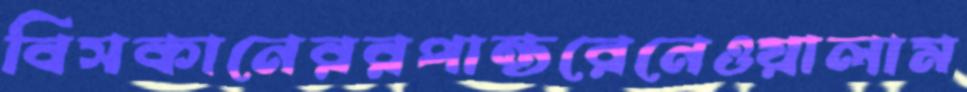
বিসকানেররপান্তরেনেওয়ালাম